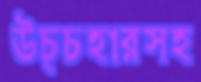
উচ্চহারসহ